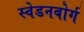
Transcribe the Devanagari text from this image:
स्वेडनबोर्ग